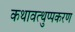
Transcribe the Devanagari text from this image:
कथावत्थुप्पकरण